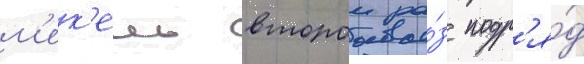
м'ек'ель второи ра́з подр'я́д